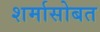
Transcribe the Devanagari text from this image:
शर्मासोबत